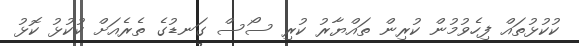
ކުކުޅުތައް ފިހެވުމުން ކުރިން ތައްޔާރު ކުރި ސޯސް ގަނޑުގެ ތެރެއަށް ކުކުޅު ކޮޅު